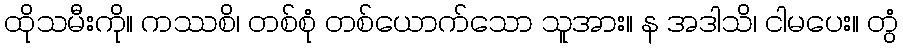
ထိုသမီးကို။ ကဿစိ၊ တစ်စုံ တစ်ယောက်သော သူအား။ န အဒါသိ၊ ငါမပေး။ တွံ